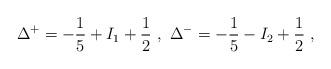
LaTeX: \begin{align*}\Delta ^{+}=-\frac{1}{5}+I_{1}+\frac{1}{2}\, \, ,\, \, \Delta ^{-}=-\frac{1}{5}-I_{2}+\frac{1}{2}\, \, ,\end{align*}